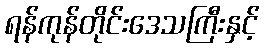
ရန်ကုန်တိုင်းဒေသကြီးနှင့်